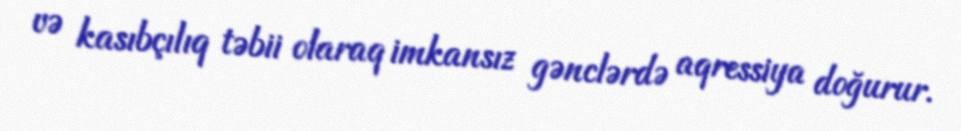
və kasıbçılıq təbii olaraq imkansız gənclərdə aqressiya doğurur.